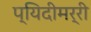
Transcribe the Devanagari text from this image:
प्यिदीमर्री